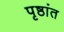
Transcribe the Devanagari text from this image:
पृष्ठांत